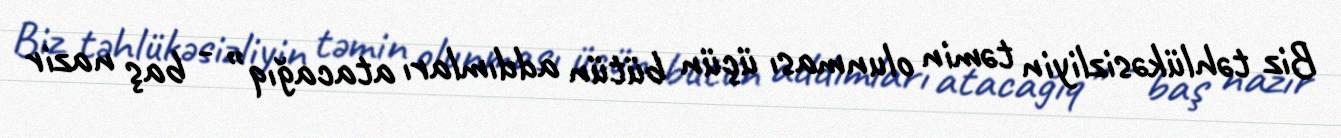
Biz təhlükəsizliyin təmin olunması üçün bütün addımları atacağıq” - baş nazir